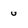
Character: U